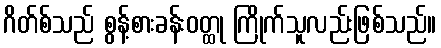
ဂိတ်စ်သည် စွန့်စားခန်းဝတ္ထု ကြိုက်သူလည်းဖြစ်သည်။